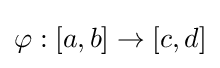
\varphi :[a,b]\to [c,d]